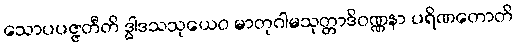
သောပပဇ္ဇတီတိ ဒွါဒသသုယေဝ မာတုဂါမသုတ္တာဒိဝဏ္ဏနာ ပရိဏတောတိ